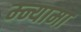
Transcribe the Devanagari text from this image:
म्न्यामा